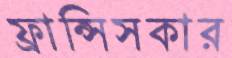
ফ্রান্সিসকার